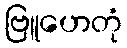
ဗြူဟေတုံ